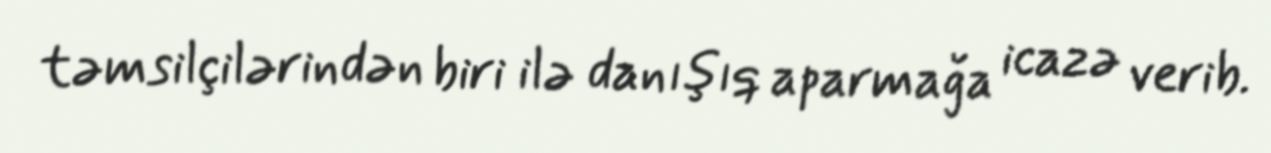
təmsilçilərindən biri ilə danışıq aparmağa icazə verib.